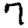
Digit: 7